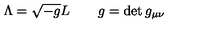
\Lambda = \sqrt { - g } L \qquad g = \det g _ { \mu \nu }